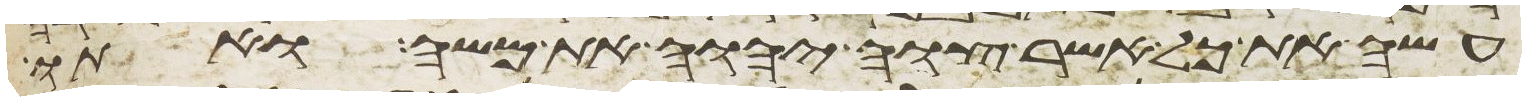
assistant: עשה את כל אשר צוה יהוה את משה ואתו